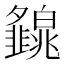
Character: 𤾿